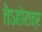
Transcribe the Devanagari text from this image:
तेऽहोरात्र